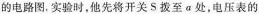
的电路图.实验时，他先将开关S拨至a处，电压表的